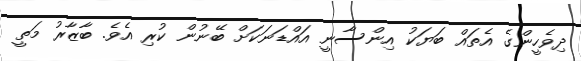
ދިވެހީންގެ އެތައް ބަޔަކު އިންސާނީ އައްޑަނަަކަށް ބޭނުން ކުރި އެވެ. ބާޒާރު މަތީ